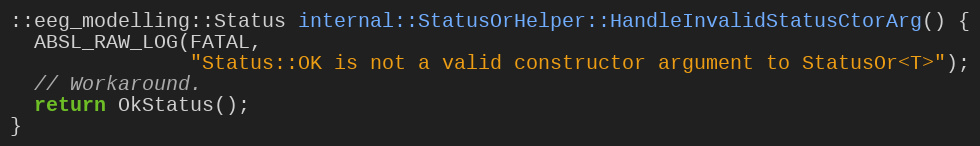
Language: C++
::eeg_modelling::Status internal::StatusOrHelper::HandleInvalidStatusCtorArg() {
  ABSL_RAW_LOG(FATAL,
               "Status::OK is not a valid constructor argument to StatusOr<T>");
  // Workaround.
  return OkStatus();
}